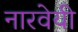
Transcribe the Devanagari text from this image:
नारवेयी